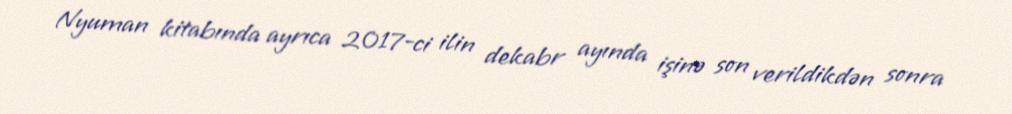
Nyuman kitabında ayrıca 2017-ci ilin dekabr ayında işinə son verildikdən sonra